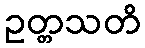
ဥတ္တသတိ